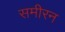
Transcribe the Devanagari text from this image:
समीरन